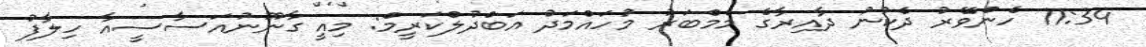
11:34 ހެންވޭރު ދެކުނު ދާއިރާގެ މެމްބަރު މުހައްމަދު އަބްދުލްކަރީމް: މިއީ ގާނޫނުއަސާސީއާ ހިލާފު